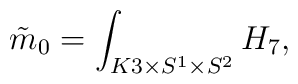
\tilde m_0=\int_{K3\times S^1\times S^2} H_7,